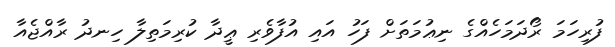
ފުރިހަމަ ރޯދަމަހެއްގެ ނިޢުމަތަށް ފަހު އައި އުފާވެރި ޢީދާ ކުރިމަތިލާ ހިނދު ރާއްޖެއާ